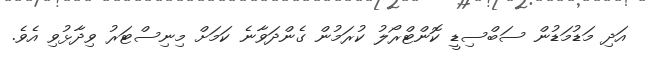
އަދި މަޑުމަޑުން ސަބްސިޑީ ކޮންޓްރޯލު ކުރަމުން ގެންދަވާނެ ކަމަށް މިނިސްޓަރު ވިދާޅުވި އެވެ.